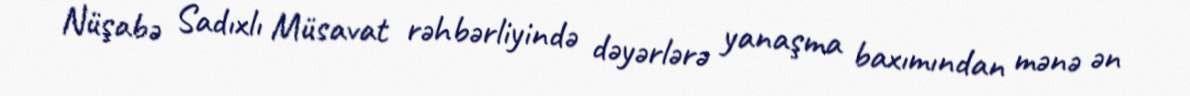
- Nüşabə Sadıxlı Müsavat rəhbərliyində dəyərlərə yanaşma baxımından mənə ən